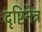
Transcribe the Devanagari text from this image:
दृष्टिनेत्र